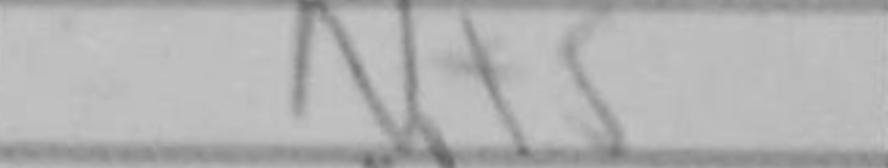
Transcription: Nf5